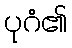
ပုဂံ၏